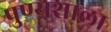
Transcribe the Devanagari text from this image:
पुण्यशाला